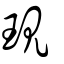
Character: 現